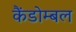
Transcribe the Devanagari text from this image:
कैंडोम्बल